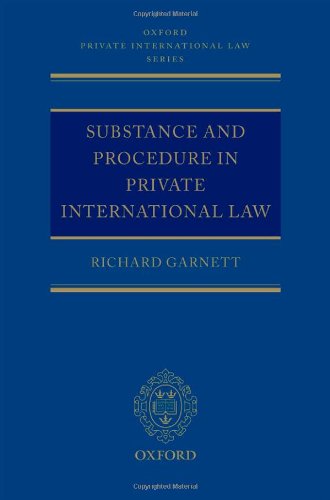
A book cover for Substance and Procedure in Private International Law (Oxford Private International Law Series); Richard Garnett; Law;